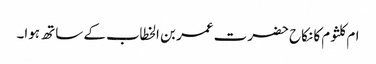
ام کلثوم کا نکاح حضرت عمر بن الخطاب کے ساتھ ہوا۔